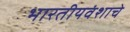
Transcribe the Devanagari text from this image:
भारतीयवंशाचे